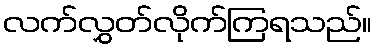
လက်လွှတ်လိုက်ကြရသည်။